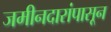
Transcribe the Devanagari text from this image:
जमीनदारांपासून